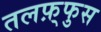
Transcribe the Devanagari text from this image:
तलफ़्फुस